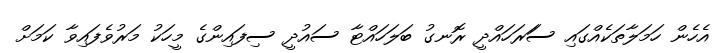
އެހެން ހަމަލާތަކެއްގައި ސަަރަހައްދީ ރޮނގު ބަލަހައްޓާ ސައުދީ ސިފައިންގެ މީހަކު މަރުވެފައިވާ ކަމަށް